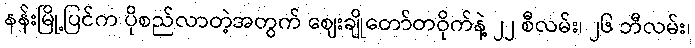
နန်းမြို့ပြင်က ပိုစည်လာတဲ့အတွက် ဈေးချိုတော်တဝိုက်နဲ့ ၂၂ စီလမ်း၊ ၂၆ ဘီလမ်း၊